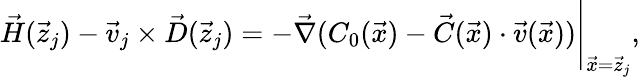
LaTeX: \vec{H}(\vec{z}_{j})-\vec{v}_{j}\times\vec{D}(\vec{z}_{j})=-\vec{\nabla}(C_{0}(\vec{x})-\vec{C}(\vec{x})\cdot\vec{v}(\vec{x}))\Bigg|_{\vec{x}=\vec{z}_{j}},